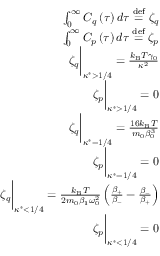
\begin{array} { r } { \int _ { 0 } ^ { \infty } C _ { q } \left( \tau \right) d \tau \stackrel { \mathrm { d e f } } { = } \zeta _ { q } } \\ { \int _ { 0 } ^ { \infty } C _ { p } \left( \tau \right) d \tau \stackrel { \mathrm { d e f } } { = } \zeta _ { p } } \\ { \zeta _ { q } \biggr \rvert _ { \kappa ^ { * } > 1 / 4 } = \frac { k _ { \mathrm { B } } T \gamma _ { 0 } } { \kappa ^ { 2 } } } \\ { \zeta _ { p } \biggr \rvert _ { \kappa ^ { * } > 1 / 4 } = 0 } \\ { \zeta _ { q } \biggr \rvert _ { \kappa ^ { * } = 1 / 4 } = \frac { 1 6 k _ { \mathrm { B } } T } { m _ { 0 } \beta _ { 0 } ^ { 3 } } } \\ { \zeta _ { p } \biggr \rvert _ { \kappa ^ { * } = 1 / 4 } = 0 } \\ { \zeta _ { q } \biggr \rvert _ { \kappa ^ { * } < 1 / 4 } = \frac { k _ { \mathrm { B } } T } { 2 m _ { 0 } \beta _ { 1 } \omega _ { 0 } ^ { 2 } } \left( \frac { \beta _ { + } } { \beta _ { - } } - \frac { \beta _ { - } } { \beta _ { + } } \right) } \\ { \zeta _ { p } \biggr \rvert _ { \kappa ^ { * } < 1 / 4 } = 0 } \end{array}